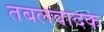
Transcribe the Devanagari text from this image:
तबलवादक